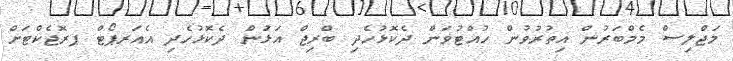
މަޖްލިސް މެމްބަރުން އިތުރުވުން ހުއްޓުވަން ދެކޮޅުހެދި ބްރިޖް އަޅުަން ދެކޮޅުހެދި އެއަރޕޯޓް ޕރޮޖެކްޓަށް